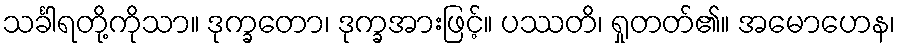
သင်္ခါရတို့ကိုသာ။ ဒုက္ခတော၊ ဒုက္ခအားဖြင့်။ ပဿတိ၊ ရှုတတ်၏။ အမောဟေန၊